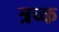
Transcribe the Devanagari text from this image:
त्रच्क